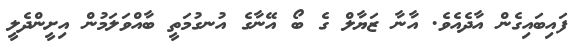
ފައިބައިގެން އާދެއެވެ. އާނާ ޒަޔާލް ގެ ބޯ އޭނާގެ އުނގުމަތީ ބާއްވަލަމުން އިށީންދެލީ